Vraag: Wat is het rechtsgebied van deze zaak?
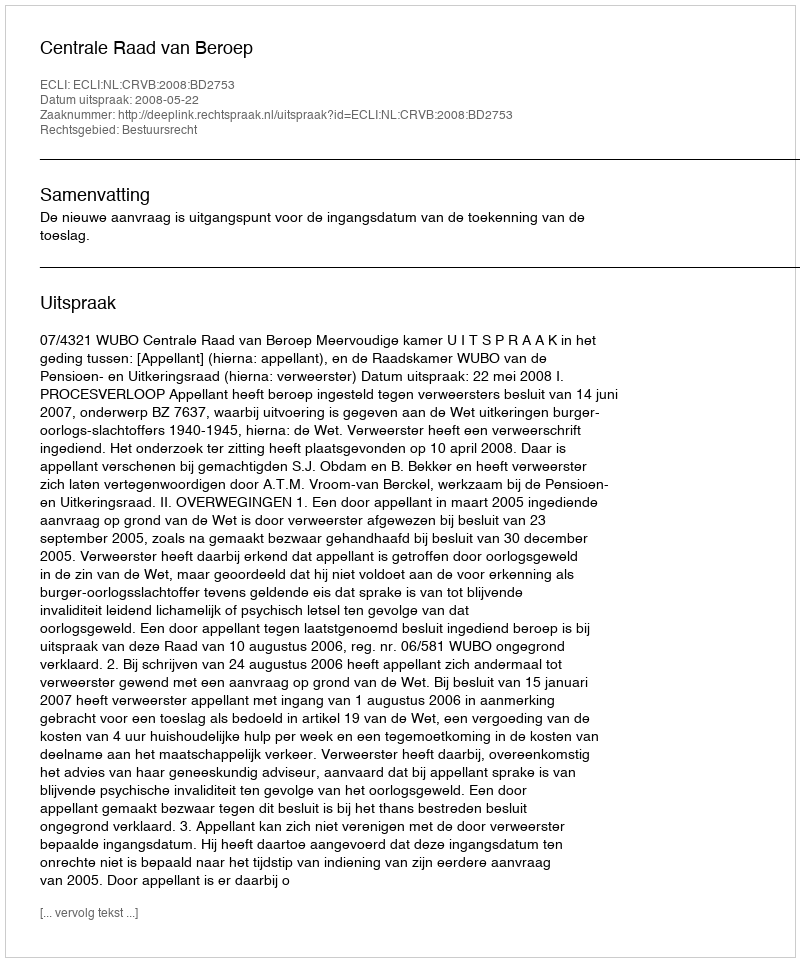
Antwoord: Bestuursrecht